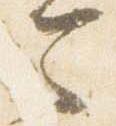
今